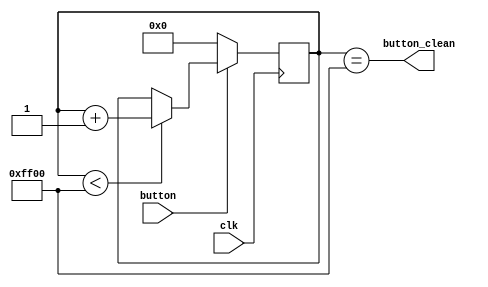
`timescale 1ns / 1ps
//////////////////////////////////////////////////////////////////////////////////
// Company: 
// Engineer: 
// 
// Design Name: 
// Module Name: filter
// Project Name: 
// Target Devices: 
// Tool Versions: 
// Description: 
// 
// Dependencies: 
// 
// Revision:
// Revision 0.01 - File Created
// Additional Comments:
// 
//////////////////////////////////////////////////////////////////////////////////


module filter(
    input clk,
    input button,
    output button_clean
);
reg [15:0] cnt;
always@(posedge clk) begin
    if(button==1'b0)
        cnt <= 16'h0;
    else if(cnt<16'b1111_1111_0000_0000)
        cnt <= cnt + 1'b1;
end
assign button_clean = (cnt == 16'b1111_1111_0000_0000);
endmodule